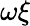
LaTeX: \omega\xi